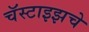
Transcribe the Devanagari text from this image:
चॅस्टाइझचे